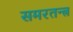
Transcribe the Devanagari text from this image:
समरतन्त्र